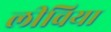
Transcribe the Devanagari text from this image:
लीविया